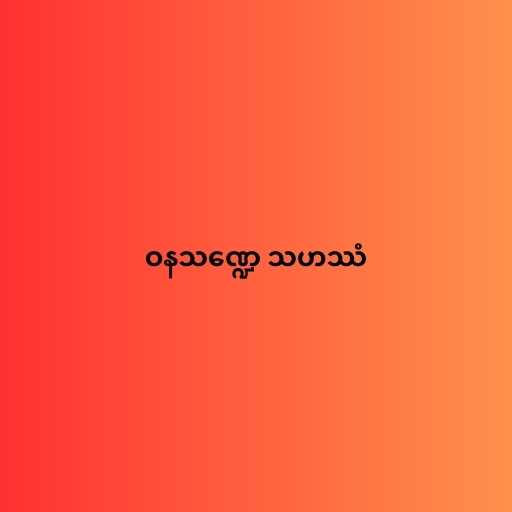
ဝနသဏ္ဍေ သဟဿံ